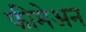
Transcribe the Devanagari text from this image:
फीमेअन